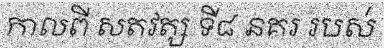
កាលពី សតវត្ស ទី៨ នគរ របស់